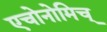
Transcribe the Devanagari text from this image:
एचोनोमिच्